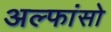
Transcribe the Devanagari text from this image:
अल्फांसो